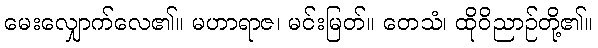
မေးလျှောက်လေ၏။ မဟာရာဇ၊ မင်းမြတ်။ တေသံ၊ ထိုဝိညာဉ်တို့၏။